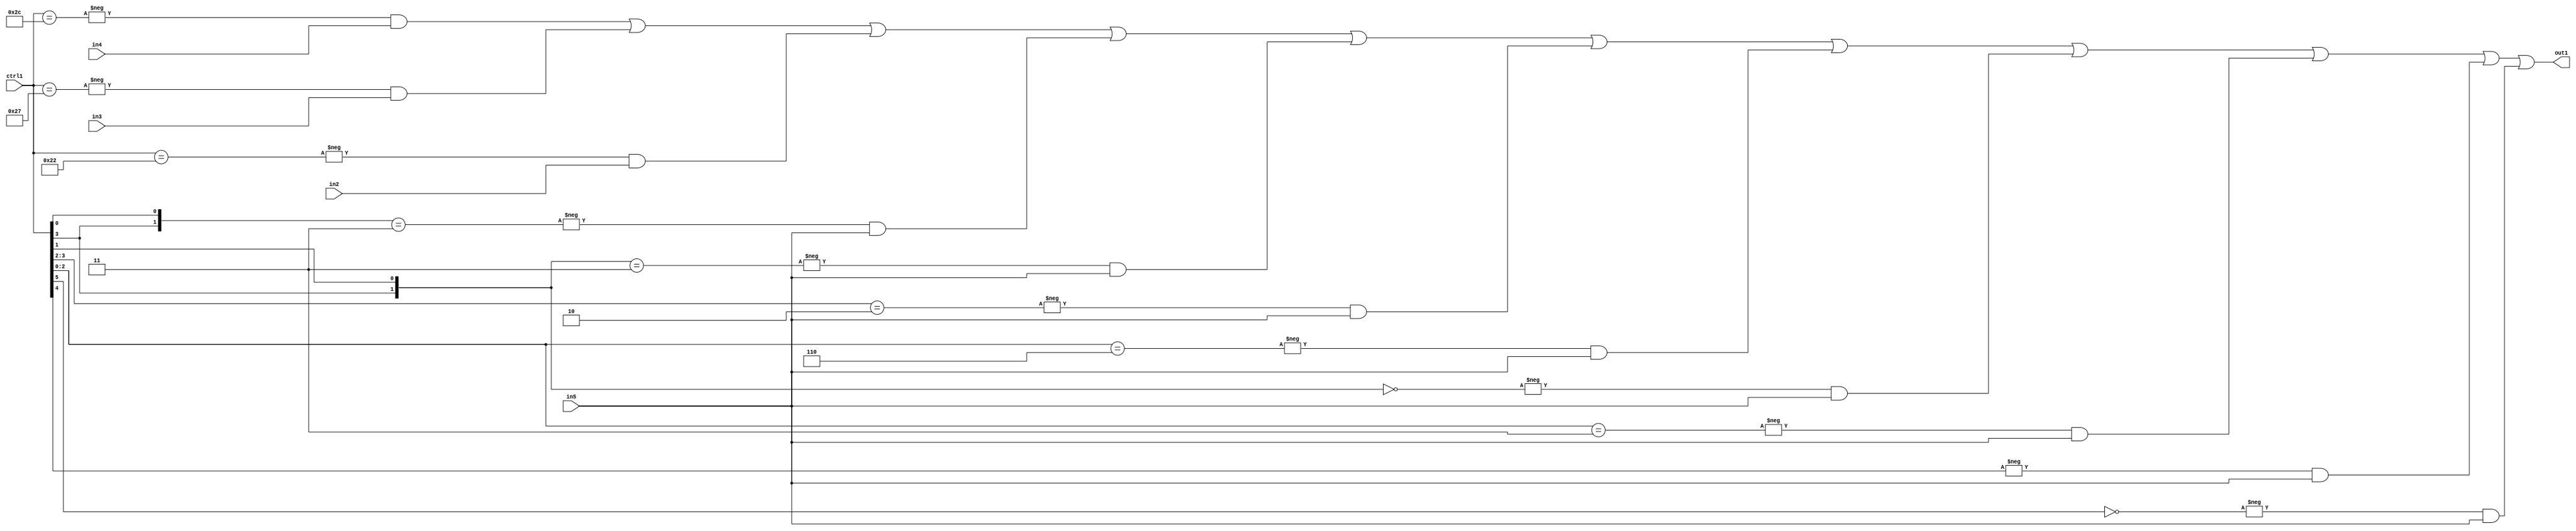
`timescale 1ps / 1ps
/*****************************************************************************
    Verilog RTL Description
    
    
    Created by: Stratus DpOpt 21.05.01 
*******************************************************************************/

module SobelFilter_N_Mux_32_4_39_4 (
	in5,
	in4,
	in3,
	in2,
	ctrl1,
	out1
	); /* architecture "behavioural" */ 
input [31:0] in5;
input [8:0] in4,
	in3,
	in2;
input [5:0] ctrl1;
output [31:0] out1;
wire [31:0] asc001;

assign asc001 = 
	-{ctrl1 == 6'B101100} & in4 |
	-{ctrl1 == 6'B100111} & in3 |
	-{ctrl1 == 6'B100010} & in2 |
	-{{ctrl1[3], ctrl1[0]} == 2'B11} & in5 |
	-{{ctrl1[3], ctrl1[1]} == 2'B11} & in5 |
	-{ctrl1[3:2] == 2'B10} & in5 |
	-{ctrl1[2:0] == 3'B110} & in5 |
	-{{ctrl1[3], ctrl1[1]} == 2'B00} & in5 |
	-{ctrl1[2:0] == 3'B011} & in5 |
	-{ctrl1[4] == 1'B1} & in5 |
	-{ctrl1[5] == 1'B0} & in5 ;

assign out1 = asc001;
endmodule

/* CADENCE  vbD5Qww= : u9/ySxbfrwZIxEzHVQQV8Q== ** DO NOT EDIT THIS LINE ******/